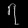
Digit: ၇